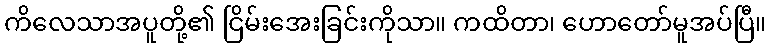
ကိလေသာအပူတို့၏ ငြိမ်းအေးခြင်းကိုသာ။ ကထိတာ၊ ဟောတော်မူအပ်ပြီ။